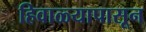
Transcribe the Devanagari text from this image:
हिवाळ्यापासून